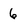
Character: 6